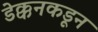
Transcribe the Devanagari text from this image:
डेक्कनकडून